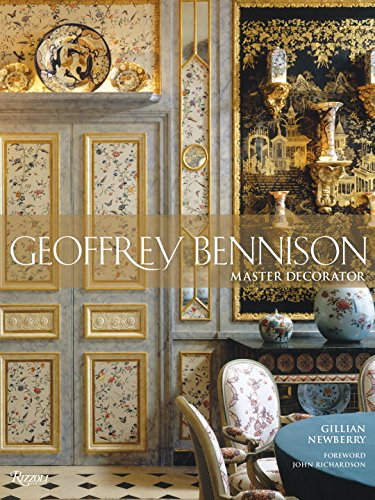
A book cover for Geoffrey Bennison: Master Decorator; Gillian Newberry; Arts & Photography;